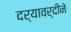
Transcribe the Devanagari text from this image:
दर्यावर्दीने